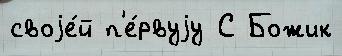
своjе́й п'е́рвуjу С Божик